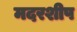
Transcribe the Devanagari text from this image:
मदरशीप